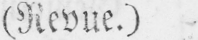
(Revue.)